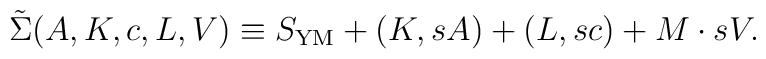
\tilde{\Sigma}(A, K, c, L, V) \equiv S_{\rm YM} + (K, sA) + (L, sc) + M \cdot sV.